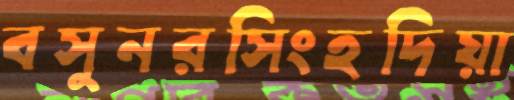
বসুনরসিংহদিয়া